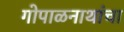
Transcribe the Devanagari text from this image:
गोपाळनाथांचा